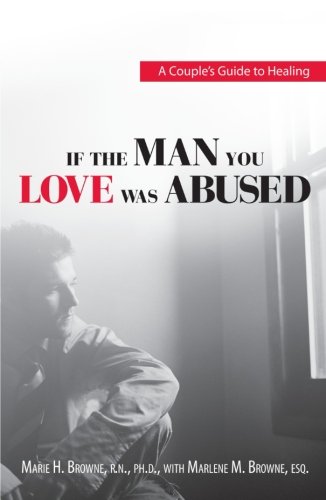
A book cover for If The Man You Love Was Abused: A Couple's Guide to Healing; Marie H. Browne; Politics & Social Sciences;